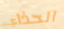
الحذاء